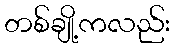
တစ်ချို့ကလည်း